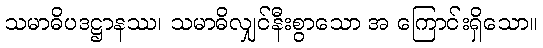
သမာဓိပဒဋ္ဌာနဿ၊ သမာဓိလျှင်နီးစွာသော အ ကြောင်းရှိသော။